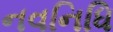
નવનિધિ